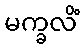
မက္ခလိံ